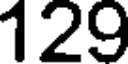
129